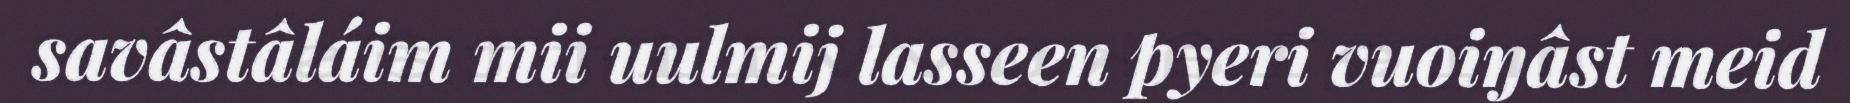
savâstâláim mii uulmij lasseen pyeri vuoiŋâst meid